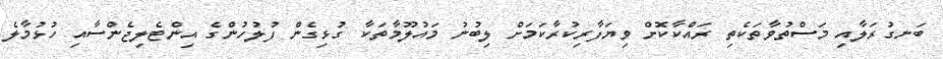
ބަނގުރަލާއި މަސްތުވާތަކެތި ރައްކާކޮށް ވިޔަފާރިކުރާކަމަށް ލިބުނު މައުލޫމާތަކާ ގުޅިގެން ފުލުހުންގެ އިންޓެލިޖެންސާއި ހުޅުމާލެ